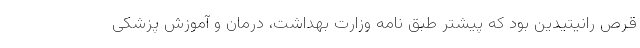
قرص رانیتیدین بود که پیشتر طبق نامه وزارت بهداشت، درمان و آموزش پزشکی